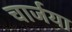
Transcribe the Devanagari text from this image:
चार्जया